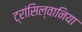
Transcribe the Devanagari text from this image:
ट्रांसिल्वानिया